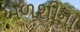
અળશીના